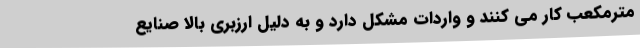
مترمکعب کار می کنند و واردات مشکل دارد و به دلیل ارزبری بالا صنایع